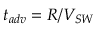
t _ { a d v } = R / V _ { S W }